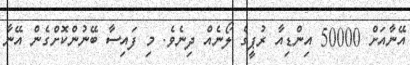
އޭނާއަށް 50000 އިންޑިއާ ރުޕީގެ ލޯނެއް ދިނެވެ. މި ފައިސާ ބޭނުންކޮށްގެން އޭނާ